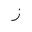
Letter: _zay